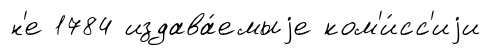
н'е 1784 издава́емыjе ком'и́сс'иjи